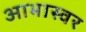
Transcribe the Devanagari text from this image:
आभास्वर